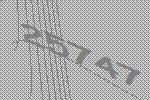
25747